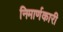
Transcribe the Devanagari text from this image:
निमार्णकारी